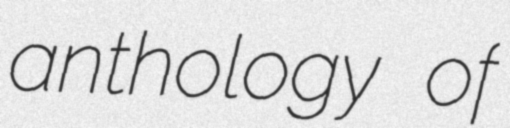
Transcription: anthology of